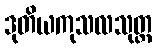
ဒုတိယကုသလသုတ္တ